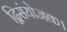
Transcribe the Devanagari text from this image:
द्विसंयोजक।